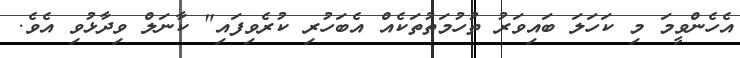
އެހެންވީމަ މި ކަހަލަ ބައިވަރު ތުހުމަތުތަކެއް އެބަހުރި ކުރެވިފައި" ކާނަލް ވިދާޅުވި އެވެ.